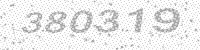
Solution: 380319